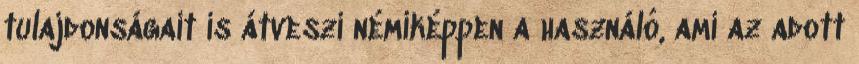
tulajdonságait is átveszi némiképpen a használó, ami az adott